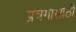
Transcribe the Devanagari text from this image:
प्रवर्गासाठी